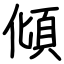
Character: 傾